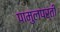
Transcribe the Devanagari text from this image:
पामुलपर्ती